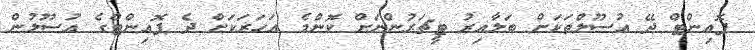
ޕޮއިންޓް ދޭ އުސޫލްތަކަށް ބަލާއިރު ޓީޗަރުންނަށް ކޮންމެ އަހަރަކަށް ދެ ޕޮއިންޓްގެ އުސޫލުން